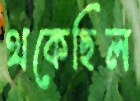
থকেছিল